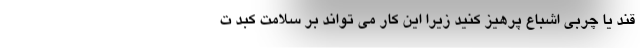
قند یا چربی اشباع پرهیز کنید زیرا این کار می تواند بر سلامت کبد ت